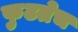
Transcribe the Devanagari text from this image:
फुटतेच